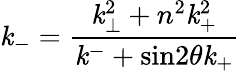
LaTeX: \mathit{k}_{-}=\frac{{\mathit{k}_{\bot}^{2}+n^{2}\mathit{k}_{+}^{2}}}{{\mathit{k}^{-}+\mathrm{{sin}}2{\theta}\mathit{k}_{+}}}